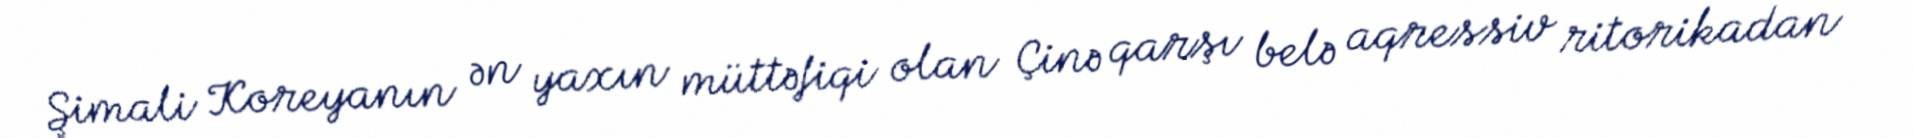
Şimali Koreyanın ən yaxın müttəfiqi olan Çinə qarşı belə aqressiv ritorikadan